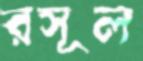
রসূল